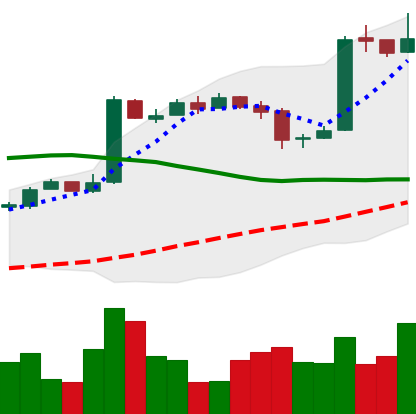
Ticker: BTC-USD
Chart end date: 2016-10-25
Forward return: 6.733%
Label: up_5_7